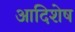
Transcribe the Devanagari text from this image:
आदिशेष